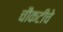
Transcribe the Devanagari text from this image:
चौकटीचे